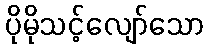
ပိုမိုသင့်လျော်သော